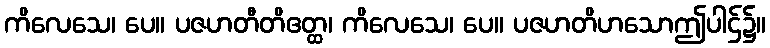
ကိလေသေ၊ ပေ။ ပဇဟတီတိဧတ္ထ၊ ကိလေသေ၊ ပေ။ ပဇဟတိဟသောဤပါဌ်၌။